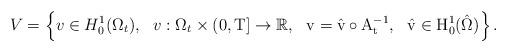
LaTeX: \begin{align*} V = \left\{v\in H_{0}^{1}(\Omega_{t}), ~~v:\Omega_t\times (0,\rm{T}] \rightarrow \mathbb{R}, ~~ v=\hat{v} \circ A_{t}^{-1}, ~~ \hat{v} \in H_{0}^{1}(\hat{\Omega}) \right\}.\end{align*}